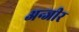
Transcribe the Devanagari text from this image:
अन्जीर